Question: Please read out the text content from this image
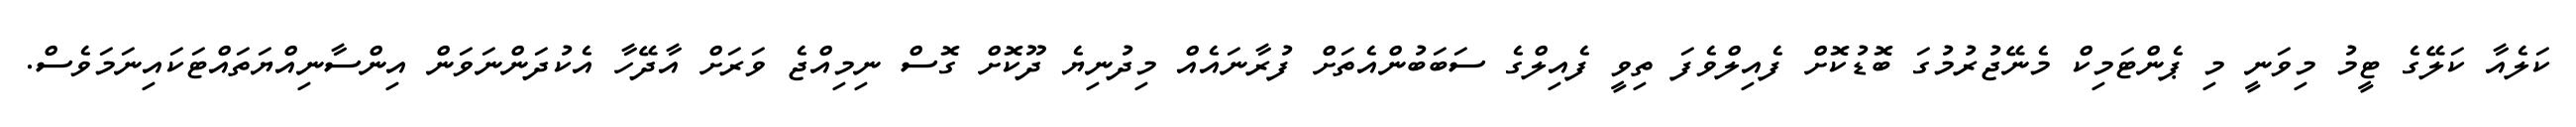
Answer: ކަލެއާ ކަލޭގެ ޓީމު މިވަނީ މި ޕެންޓަމިކް މެނޭޖުރުމުގަ ބޮޑުކޮށް ފެއިލްވެފަ ތިވީ ފެއިލްގެ ސަބަބުންއެތަށް ފުރާނައެއް މިދުނިޔެ ދޫކޮށް ގޮސް ނިމިއްޖެ ވަރަށް އާދޭހާ އެކުދަންނަވަން އިންސާނިއްޔަތައްޓަކައިނަމަވެސް.